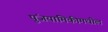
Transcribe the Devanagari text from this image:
पुंजयामिकीमधील